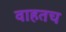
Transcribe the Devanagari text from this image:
वाहतच